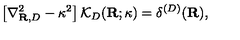
\left[ \nabla _ { { \bf R } , { D } } ^ { 2 } - \kappa ^ { 2 } \right] { \mathcal K } _ { { D } } ( { \bf R } ; \kappa ) = \delta ^ { ( { D } ) } ( { \bf R } ) ,